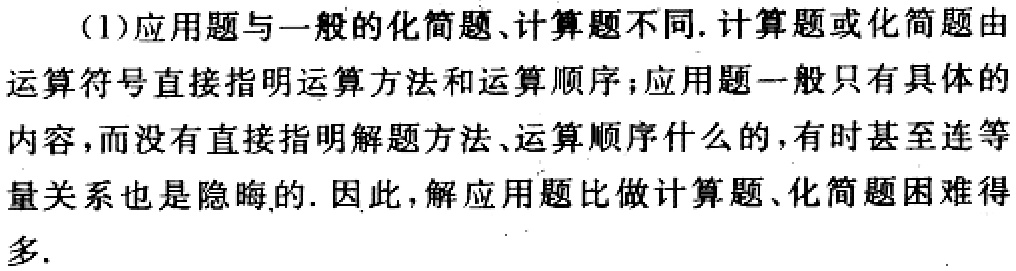
(1)应用题与一般的化简题、计算题不同. 计算题或化简题由运算符号直接指明运算方法和运算顺序；应用题一般只有具体的内容，而没有直接指明解题方法、运算顺序什么的，有时甚至连等量关系也是隐晦的. 因此，解应用题比做计算题、化简题困难得多.